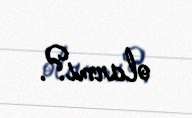
olarmı?.